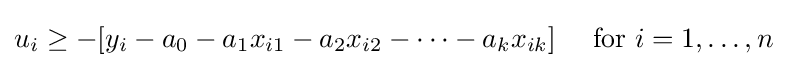
u_{i}\geq -[y_{i}-a_{0}-a_{1}x_{i1}-a_{2}x_{i2}-\cdots -a_{k}x_{ik}]\,\ \,\ {\text{ for }}i=1,\ldots ,n